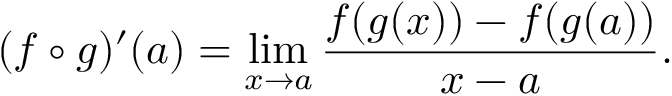
( f \circ g ) ^ { \prime } ( a ) = \operatorname* { l i m } _ { x \to a } { \frac { f ( g ( x ) ) - f ( g ( a ) ) } { x - a } } .